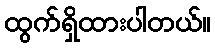
ထွက်ရှိထားပါတယ်။